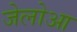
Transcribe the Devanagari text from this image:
जेलोआ